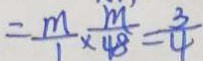
= \frac { m } { 1 } \times \frac { m } { 4 8 } = \frac { 3 } { 4 }